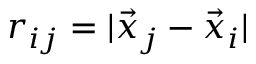
r _ { i j } = | \vec { x } _ { j } - \vec { x } _ { i } |